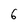
Character: 6